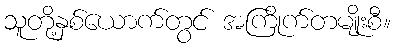
သူတို့နှစ်ယောက်တွင် အကြိုက်တမျိုးစီ။